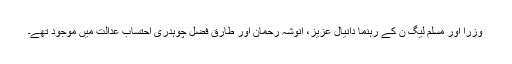
وزرا اور مسلم لیگ ن کے رہنما دانیال عزیز، انوشہ رحمان اور طارق فضل چوہدری احتساب عدالت میں موجود تھے۔